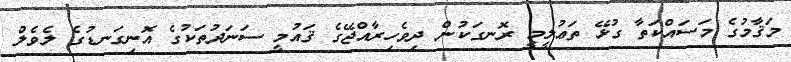
މަޤާމުގެ މަސައްކަތާ ގުޅޭ ތަޢުލީމީ ރޮނގަކުން ދިވެހިރާއްޖޭގެ ޤައުމީ ސަނަދުތަކުގެ އޮނިގަނޑުގެ ލެވެލް